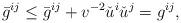
LaTeX: \begin{align*}\bar{g}^{ij} \leq \bar{g}^{ij} + v^{-2} \check{u}^i \check{u}^j = g^{ij},\end{align*}